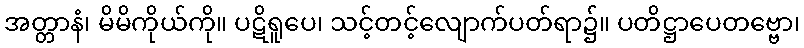
အတ္တာနံ၊ မိမိကိုယ်ကို။ ပဋိရူပေ၊ သင့်တင့်လျောက်ပတ်ရာ၌။ ပတိဋ္ဌာပေတဗ္ဗော၊